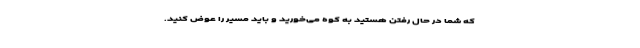
که شما در حال رفتن هستید به کوه می‌خورید و باید مسیر را عوض کنید.